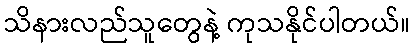
သိနားလည်သူတွေနဲ့ ကုသနိုင်ပါတယ်။